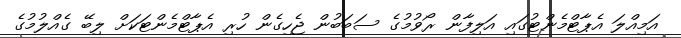
އަމިއްލަ އެޕާޓްމެންޓުގައި އަލިފާން ރޯވުމުގެ ސަބަބުން ޖެހިގެން ހުރި އެޕާޓްމެންޓަކަށް ލިބޭ ގެއްލުމުގެ